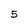
Character: 5